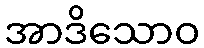
အာဒိသောဝ